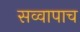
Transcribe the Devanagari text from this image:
सव्वापाच